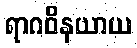
ရာဂဝိနယာယ